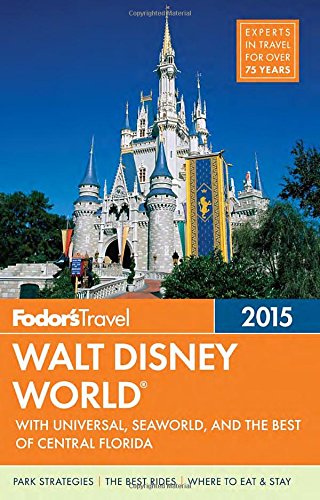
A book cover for Fodor's Walt Disney World 2015: with Universal, SeaWorld & the Best of Central Florida (Full-color Travel Guide); Fodor's; Travel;